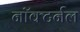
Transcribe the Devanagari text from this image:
नॉक्टर्नल